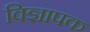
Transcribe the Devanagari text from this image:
विज्ञापक